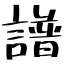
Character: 譜